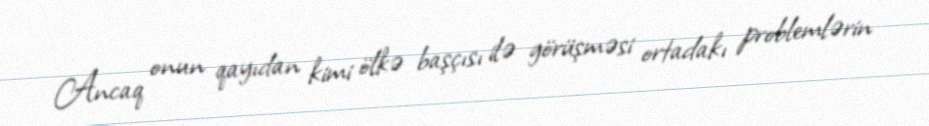
Ancaq onun qayıdan kimi ölkə başçısı ilə görüşməsi ortadakı problemlərin